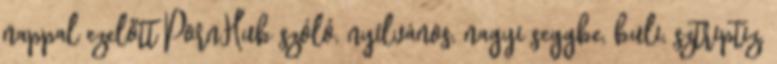
nappal ezelőtt PornHub szóló, nyílvános, nagyi seggbe, buli, sztriptiz,